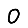
Digit: 0